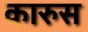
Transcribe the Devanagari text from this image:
कारुस